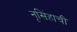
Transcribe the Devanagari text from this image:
नृसिंहाची